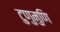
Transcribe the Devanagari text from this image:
टुणुमुणि